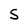
Character: S